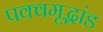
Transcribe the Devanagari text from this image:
पक्वमृद्भांड